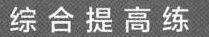
综合提高练